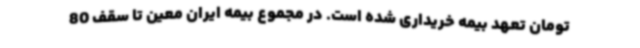
تومان تعهد بیمه خریداری شده است. در مجموع بیمه ایران معین تا سقف 80